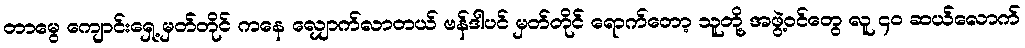
တာမွေ ကျောင်းရှေ့ မှတ်တိုင် ကနေ လျှောက်လာတယ် ဗန်ဒါပင် မှတ်တိုင် ရောက်တော့ သူတို့ အဖွဲ့ဝင်တွေ လူ ၄၀ ဆယ်လောက်